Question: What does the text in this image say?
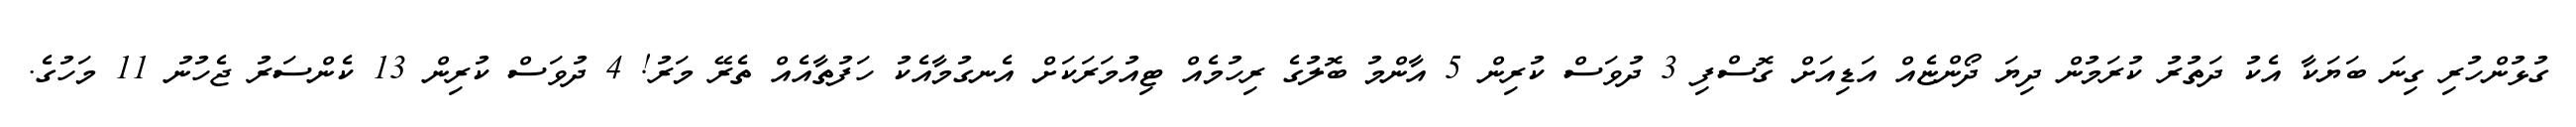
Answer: ގުޅުންހުރި ގިނަ ބަޔަކާ އެކު ދަތުރު ކުރަމުން ދިޔަ ދޯންޏެއް އަޑިއަށް ގޮސްފި 3 ދުވަސް ކުރިން 5 އާންމު ބޮލުގެ ރިހުމެއް ޓިއުމަރަކަށް އެނގުމާއެކު ހަފުތާއެއް ތެރޭ މަރު! 4 ދުވަސް ކުރިން 13 ކެންސަރު ޖެހުނު 11 މަހުގެ.